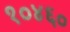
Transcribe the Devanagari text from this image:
१०४६०